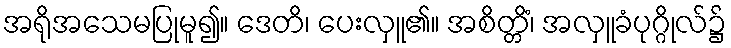
အရိုအသေမပြုမူ၍။ ဒေတိ၊ ပေးလှူ၏။ အစိတ္တိံ၊ အလှူခံပုဂ္ဂိုလ်၌